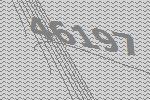
46197